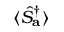
\langle \hat { S } _ { \mathbf { a } } ^ { \dagger } \rangle